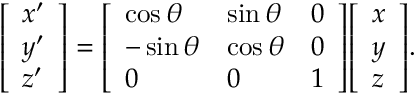
{ \left[ \begin{array} { l } { x ^ { \prime } } \\ { y ^ { \prime } } \\ { z ^ { \prime } } \end{array} \right] } = { \left[ \begin{array} { l l l } { \cos \theta } & { \sin \theta } & { 0 } \\ { - \sin \theta } & { \cos \theta } & { 0 } \\ { 0 } & { 0 } & { 1 } \end{array} \right] } { \left[ \begin{array} { l } { x } \\ { y } \\ { z } \end{array} \right] } .